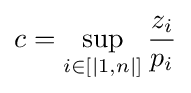
c=\sup _{i\in [|1,n|]}{\frac {z_{i}}{p_{i}}}